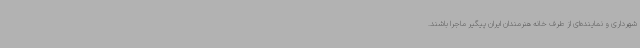
شهرداری و نماینده‌ای از طرف خانه هنرمندان ایران پیگیر ماجرا باشند.